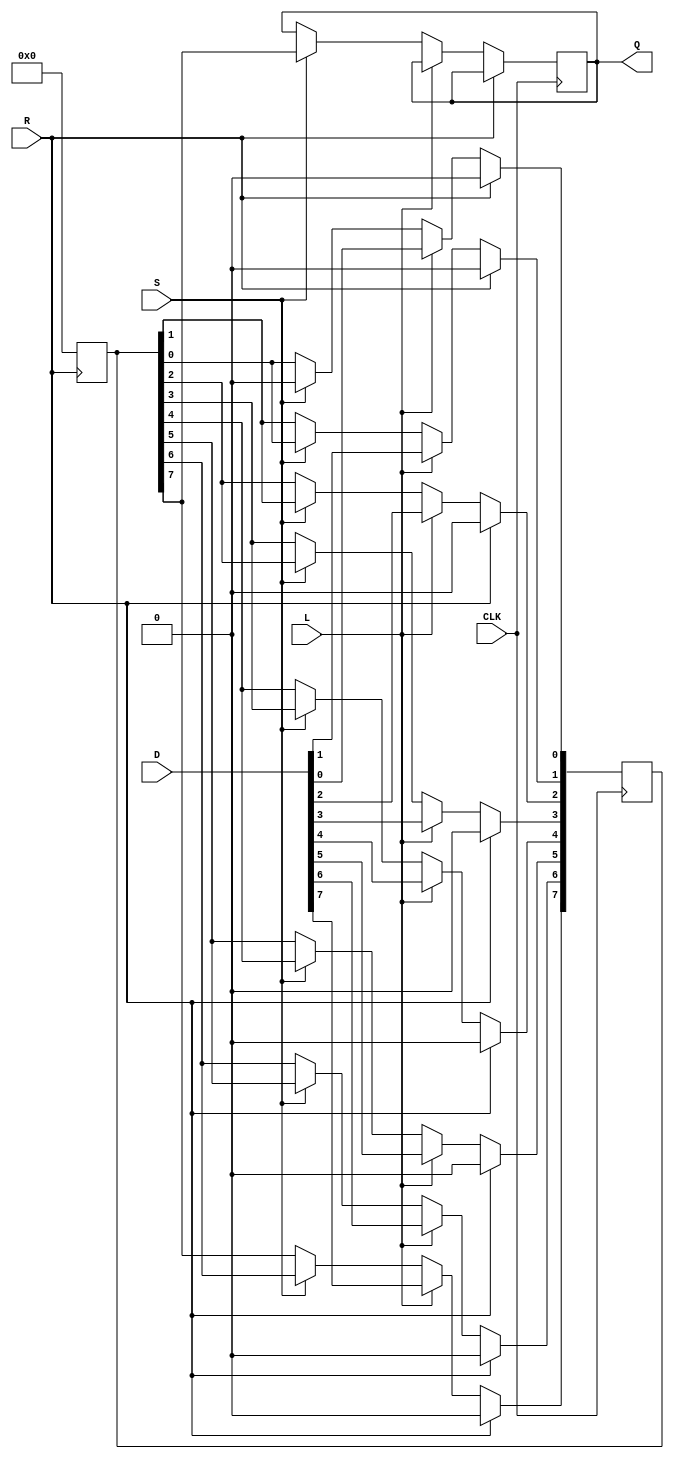
module PISO_Register #(
    parameter WIDTH = 8  // Parameter to define the width of the register
)(
    input wire [WIDTH-1:0] D,  // Parallel data input
    input wire L,               // Load control signal
    input wire S,               // Shift control signal
    input wire CLK,             // Clock signal
    input wire R,               // Asynchronous reset signal
    output reg Q                // Serial output
);

    reg [WIDTH-1:0] R_reg;      // Internal register to hold the data
    integer i;                  // Loop variable for shifting

    // Asynchronous reset
    always @(posedge R) begin
        R_reg <= {WIDTH{1'b0}};  // Clear the register to zero
    end

    // Load and Shift operations
    always @(posedge CLK) begin
        if (R) begin
            R_reg <= {WIDTH{1'b0}};  // Clear the register on reset
        end else if (L) begin
            R_reg <= D;              // Load data into the register
        end else if (S) begin
            // Shift operation
            Q <= R_reg[WIDTH-1];     // Output the MSB
            for (i = WIDTH-1; i > 0; i = i - 1) begin
                R_reg[i] <= R_reg[i-1]; // Shift left
            end
            R_reg[0] <= 1'b0;         // Fill the least significant bit with 0
        end
    end

endmodule